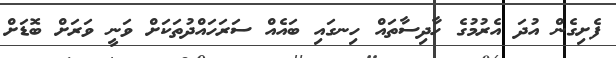
ފެށިގެން އުދަ އެރުމުގެ ހާދިސާތައް ހިނގައި ބައެއް ސަރަހައްދުތަކަށް ވަނީ ވަރަށް ބޮޑަށް